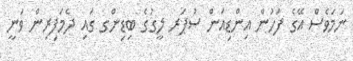
ނަމަވެސް އޭގެ ފަހުން އިންޑިއަން ސުޕަރ ލީގުގެ ބިޑިންގ ގައި ދެމަފިރިން ވަނީ